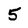
Character: 5